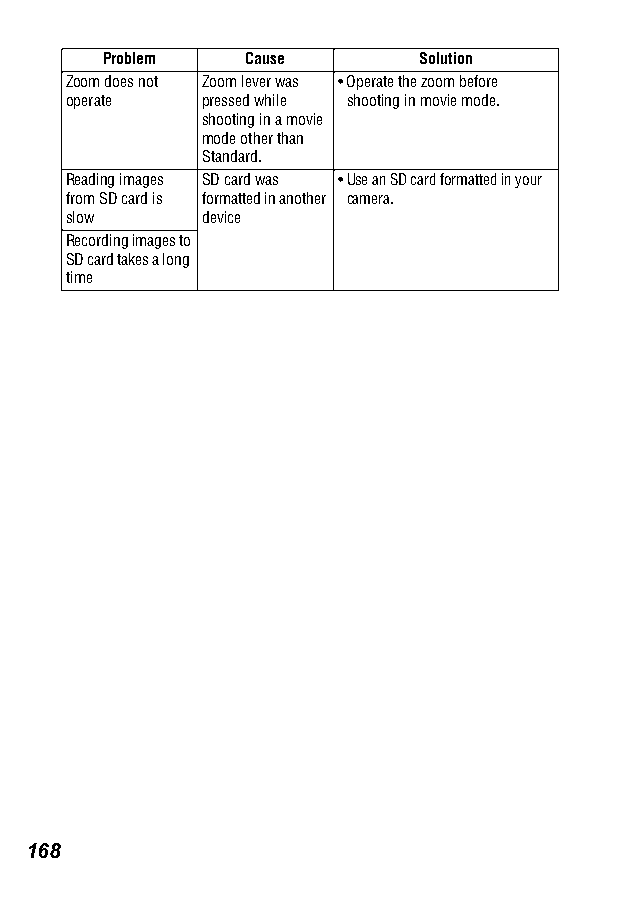
Problem   Cause      Solution
 Zoom does not Zoom lever was •Operate the zoom before
 operate  pressed while shooting in movie mode.
 shooting in a movie
 mode other than
 Standard.
 Reading images SD card was •Use an SD card formatted in your
 from SD card is formatted in another camera.
 slow     device
 Recording images to
 SD card takes a long
 time
 168